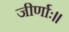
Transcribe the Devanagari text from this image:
जीर्णाः॥